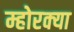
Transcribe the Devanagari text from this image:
म्होरक्‍या